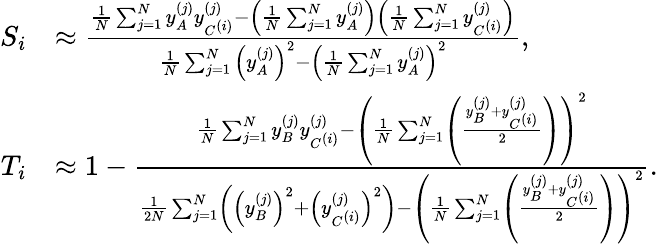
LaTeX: \begin{array}{rl}{S_{i}}&{\approx\frac{\frac{1}{N}\sum_{j=1}^{N}y_{A}^{(j)}y_{C^{(i)}}^{(j)}-\left(\frac{1}{N}\sum_{j=1}^{N}y_{A}^{(j)}\right)\left(\frac{1}{N}\sum_{j=1}^{N}y_{C^{(i)}}^{(j)}\right)}{\frac{1}{N}\sum_{j=1}^{N}\left(y_{A}^{(j)}\right)^{2}-\left(\frac{1}{N}\sum_{j=1}^{N}y_{A}^{(j)}\right)^{2}},}\\ {T_{i}}&{\approx 1-\frac{\frac{1}{N}\sum_{j=1}^{N}y_{B}^{(j)}y_{C^{(i)}}^{(j)}-\left(\frac{1}{N}\sum_{j=1}^{N}\left(\frac{y_{B}^{(j)}+y_{C^{(i)}}^{(j)}}{2}\right)\right)^{2}}{\frac{1}{2N}\sum_{j=1}^{N}\left(\left(y_{B}^{(j)}\right)^{2}+\left(y_{C^{(i)}}^{(j)}\right)^{2}\right)-\left(\frac{1}{N}\sum_{j=1}^{N}\left(\frac{y_{B}^{(j)}+y_{C^{(i)}}^{(j)}}{2}\right)\right)^{2}}.}\end{array}